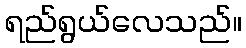
ရည်ရွယ်လေသည်။